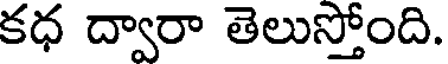
కధ ద్వారా తెలుస్తోంది.